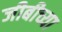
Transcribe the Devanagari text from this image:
जीबीच्या